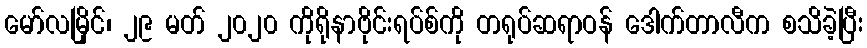
မော်လမြိုင်၊ ၂၉ မတ် ၂၀၂၀ ကိုရိုနာဗိုင်းရပ်စ်ကို တရုပ်ဆရာဝန် ဒေါက်တာလီက စသိခဲ့ပြီး